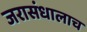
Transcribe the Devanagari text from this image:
जरासंधालाच